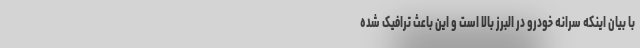
با بیان اینکه سرانه خودرو در البرز بالا است و این باعث ترافیک شده